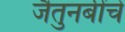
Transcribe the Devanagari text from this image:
जैतुनबींचे